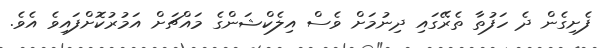
ފެށިގެން ދެ ހަފުތާ ތެރޭގައި ދިނުމަށް ވެސް އިލެކްޝަންގެ މައްޗަށް އަމުރުކޮށްފައިވެ އެވެ.